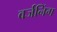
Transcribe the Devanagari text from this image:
वर्जनिंग